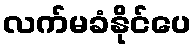
လက်မခံနိုင်ပေ